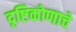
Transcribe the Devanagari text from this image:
दृष्टिकोणाचे